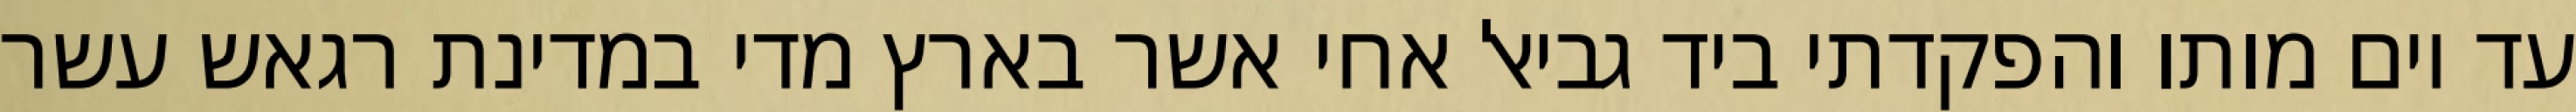
עד יום מותו והפקדתי ביד גביאל אחי אשר בארץ מדי במדינת רגאש עשר